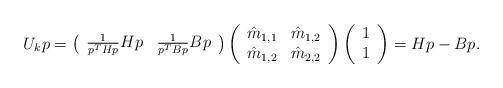
LaTeX: \begin{align*}U_kp=\left(\begin{array}{ll} \frac{1}{p^T Hp}Hp & \frac{1}{p^T Bp}Bp\end{array} \right) \left(\begin{array}{cc} \hat{m}_{1,1} & \hat{m}_{1,2}\\\hat{m}_{1,2} & \hat{m}_{2,2}\end{array} \right)\left(\begin{array}{c} 1\\ 1 \end{array} \right)=Hp-Bp.\end{align*}